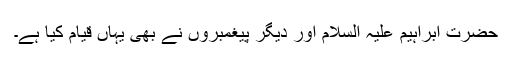
حضرت ابراہیم علیہ السلام اور دیگر پیغمبروں نے بھی یہاں قیام کیا ہے۔